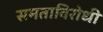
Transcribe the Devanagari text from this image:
समताविरोधी